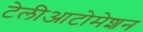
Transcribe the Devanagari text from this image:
टेलीआटोमेशन